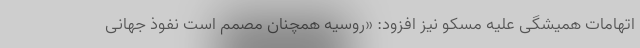
اتهامات همیشگی علیه مسکو نیز افزود: «روسیه همچنان مصمم است نفوذ جهانی